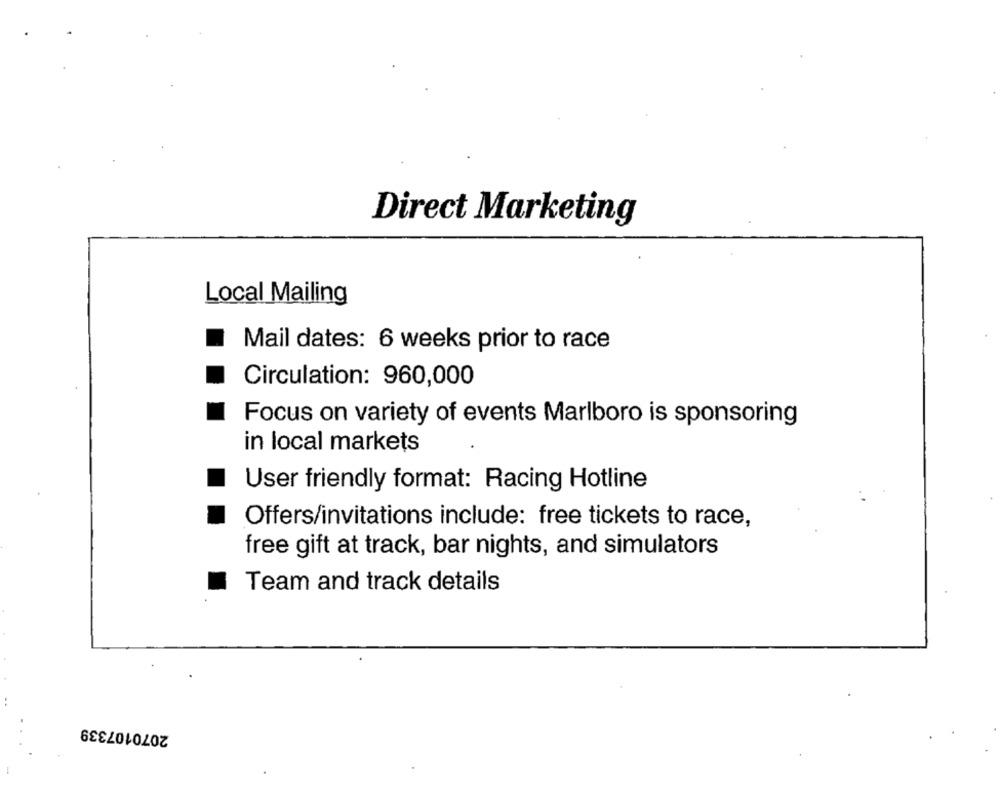
Direct Marketing
Local Mailing
Mail dates: 6 weeks prior to race
Circulation: 960,000
Focus on variety of events Marlboro is sponsoring
in local markets
User friendly format: Racing Hotline
Offers/invitations include: free tickets to race,
free gift at track, bar nights, and simulators
Team and track details
2070107339